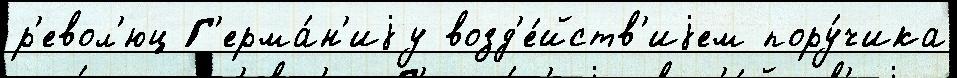
р'евол'юц Г'ерма́н'иjу возд'е́йств'иjем пору́чика